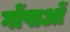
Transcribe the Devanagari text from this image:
गोंपाओं